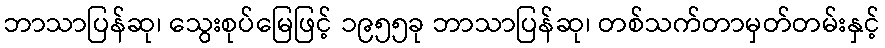
ဘာသာပြန်ဆု၊ သွေးစုပ်မြေဖြင့် ၁၉၅၅ခု ဘာသာပြန်ဆု၊ တစ်သက်တာမှတ်တမ်းနှင့်